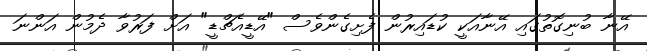
އޭނާ ބުނިގޮތުގައި އޭނާއަކީ ކުޑައިރުން ފެށިގެންވެސް "އޭޑީއެޗްޑީ" އަށް ފަރުވާ ދެމުން އަންނަ